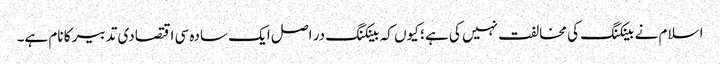
اسلام نے بینکنگ کی مخالفت نہیں کی ہے ؛ کیوں کہ بینکنگ در اصل ایک سادہ سی اقتصادی تدبیر کا نام ہے۔